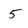
Character: 5